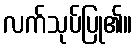
လက်သုပ်ပြု၏။